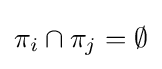
\pi _{i}\cap \pi _{j}=\emptyset